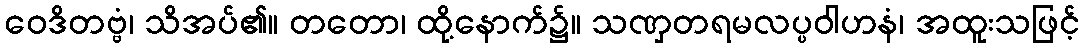
ဝေဒိတဗ္ဗံ၊ သိအပ်၏။ တတော၊ ထို့နောက်၌။ သဏှတရမလပ္ပဝါဟနံ၊ အထူးသဖြင့်